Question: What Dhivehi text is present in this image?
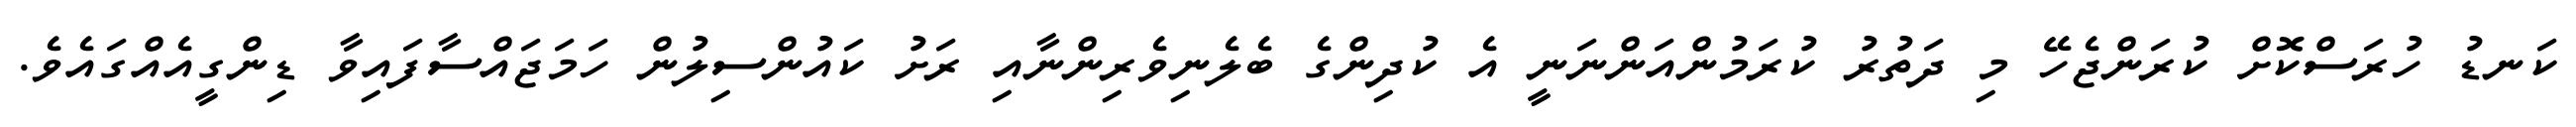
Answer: ކަނޑު ހުރަސްކޮށް ކުރަންޖެހޭ މި ދަތުރު ކުރަމުންއަންނަނީ އެ ކުދިންގެ ބެލެނިވެރިންނާއި ރަށު ކައުންސިލުން ހަމަޖައްސާފައިވާ ޑިންގީއެއްގައެވެ.